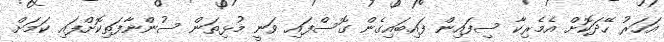
އަހަރު ހޭދަކޮށް އެމެރިކާ ސިފައިން ފައިބައިގެން ގޮސްފައި ވަނީ މުޅިތަން ސުންނާފަތިކޮށްފައި ކަމަށް